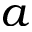
a